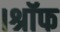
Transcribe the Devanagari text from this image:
।श्रॉफ